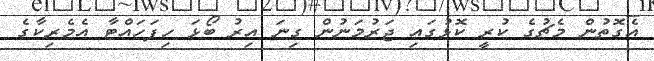
އެގޮތުން މެޗުގެ ކުރީ ކޮޅުގައި ޖަރުމަނުން ގިނަ އިރު ބޯޅަ ހިފަހައްޓާ އެމެރިކާގެ